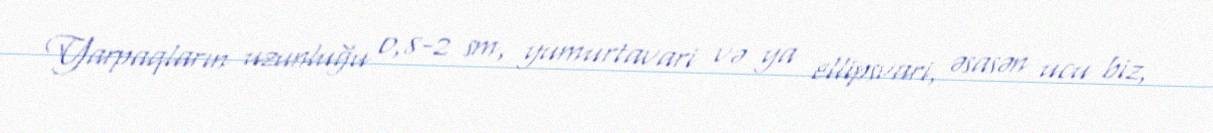
Yarpaqların uzunluğu 0,8-2 sm, yumurtavari və ya ellipsvari, əsasən ucu biz,